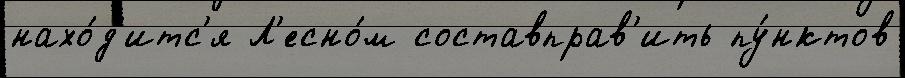
нахо́д'итс'я Л'есно́м составправ'ить пу́нктов